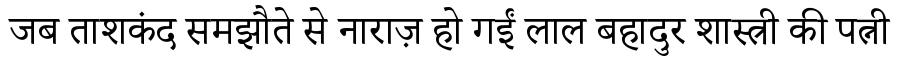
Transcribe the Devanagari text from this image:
जब ताशकंद समझौते से नाराज़ हो गईं लाल बहादुर शास्त्री की पत्नी